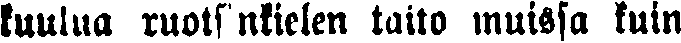
kuulua ruotsinkielen taito muissa kuin